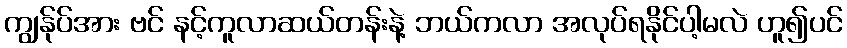
ကျွန်ုပ်အား ဗင် နင့်ကူလာဆယ်တန်းနဲ့ ဘယ်ကလာ အလုပ်ရနိုင်ပါ့မလဲ ဟူ၍ပင်